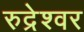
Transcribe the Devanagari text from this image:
रुद्रेश्वर